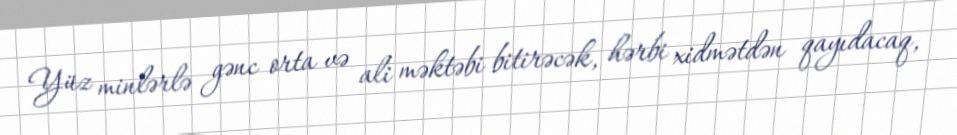
Yüz minlərlə gənc orta və ali məktəbi bitirəcək, hərbi xidmətdən qayıdacaq,